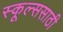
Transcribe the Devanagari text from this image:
स्कूल्ससाठी